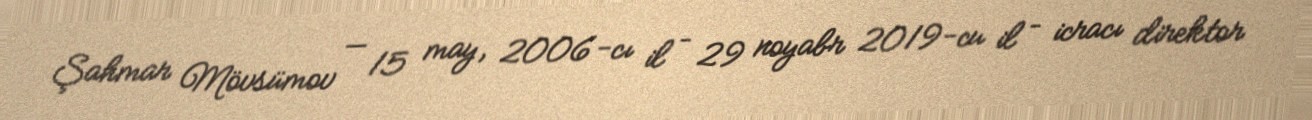
Şahmar Mövsümov — 15 may, 2006-cı il – 29 noyabr 2019-cu il – icracı direktor